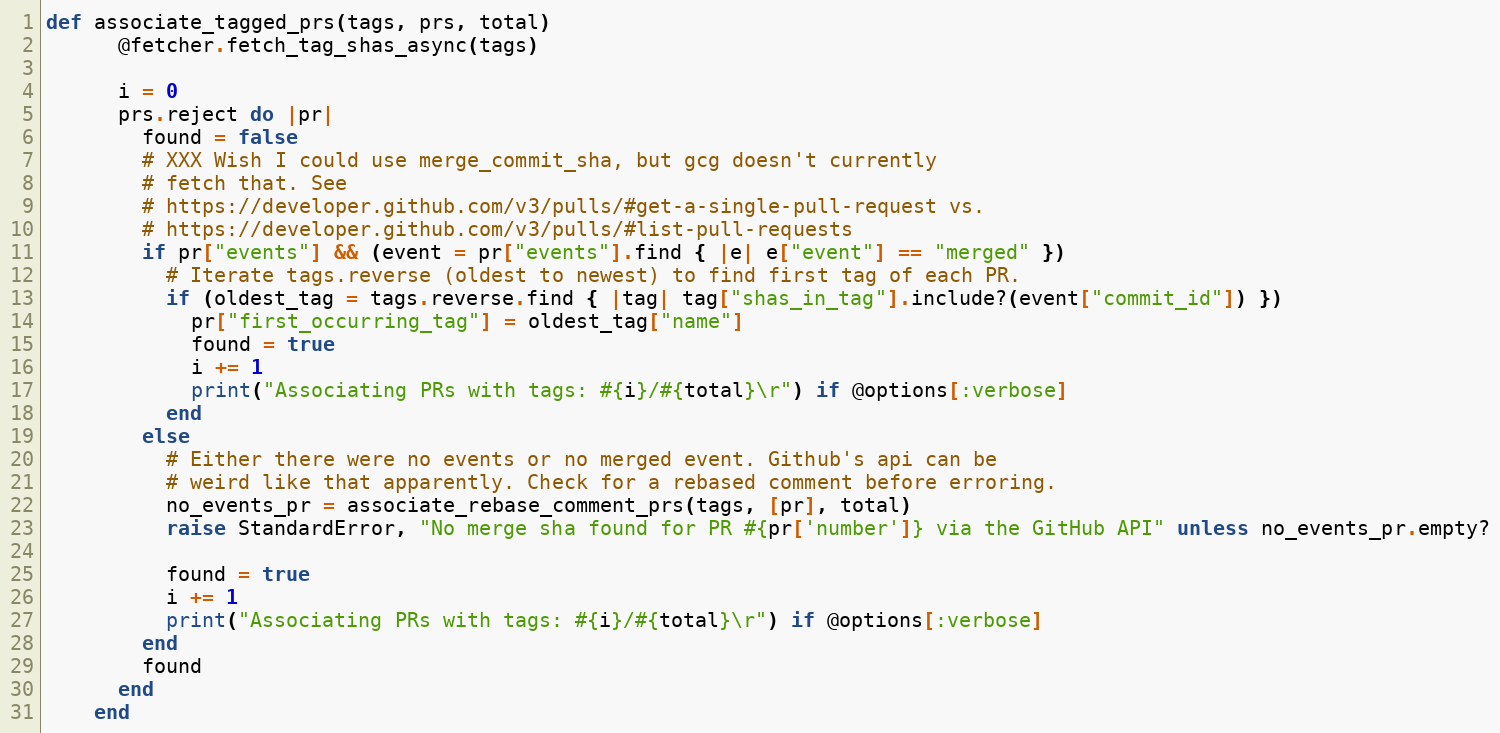
Language: Ruby
def associate_tagged_prs(tags, prs, total)
      @fetcher.fetch_tag_shas_async(tags)

      i = 0
      prs.reject do |pr|
        found = false
        # XXX Wish I could use merge_commit_sha, but gcg doesn't currently
        # fetch that. See
        # https://developer.github.com/v3/pulls/#get-a-single-pull-request vs.
        # https://developer.github.com/v3/pulls/#list-pull-requests
        if pr["events"] && (event = pr["events"].find { |e| e["event"] == "merged" })
          # Iterate tags.reverse (oldest to newest) to find first tag of each PR.
          if (oldest_tag = tags.reverse.find { |tag| tag["shas_in_tag"].include?(event["commit_id"]) })
            pr["first_occurring_tag"] = oldest_tag["name"]
            found = true
            i += 1
            print("Associating PRs with tags: #{i}/#{total}\r") if @options[:verbose]
          end
        else
          # Either there were no events or no merged event. Github's api can be
          # weird like that apparently. Check for a rebased comment before erroring.
          no_events_pr = associate_rebase_comment_prs(tags, [pr], total)
          raise StandardError, "No merge sha found for PR #{pr['number']} via the GitHub API" unless no_events_pr.empty?

          found = true
          i += 1
          print("Associating PRs with tags: #{i}/#{total}\r") if @options[:verbose]
        end
        found
      end
    end